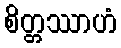
စိတ္တဿာဟံ